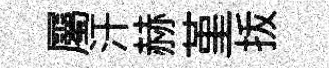
屬汗赫堇㧞